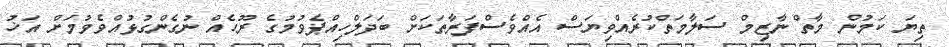
ތިޔަ ކަމުން މާތް ނާޒިމް ސަލާމަތްކުރެއްވިޔަސް އެއްވެސްފަރާތަކަށް ބަދަލްހިއްޕެވުމުގެ ރޫޙެއް ނުގެންގުޅުއްވެވުމަށް އަޚު